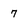
Character: 7